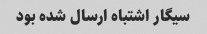
سیگار اشتباه ارسال شده بود